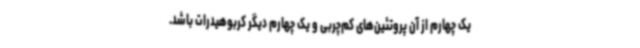
یک چهارم از آن پروتئین‌های کم‌چربی و یک چهارم دیگر کربوهیدرات باشد.